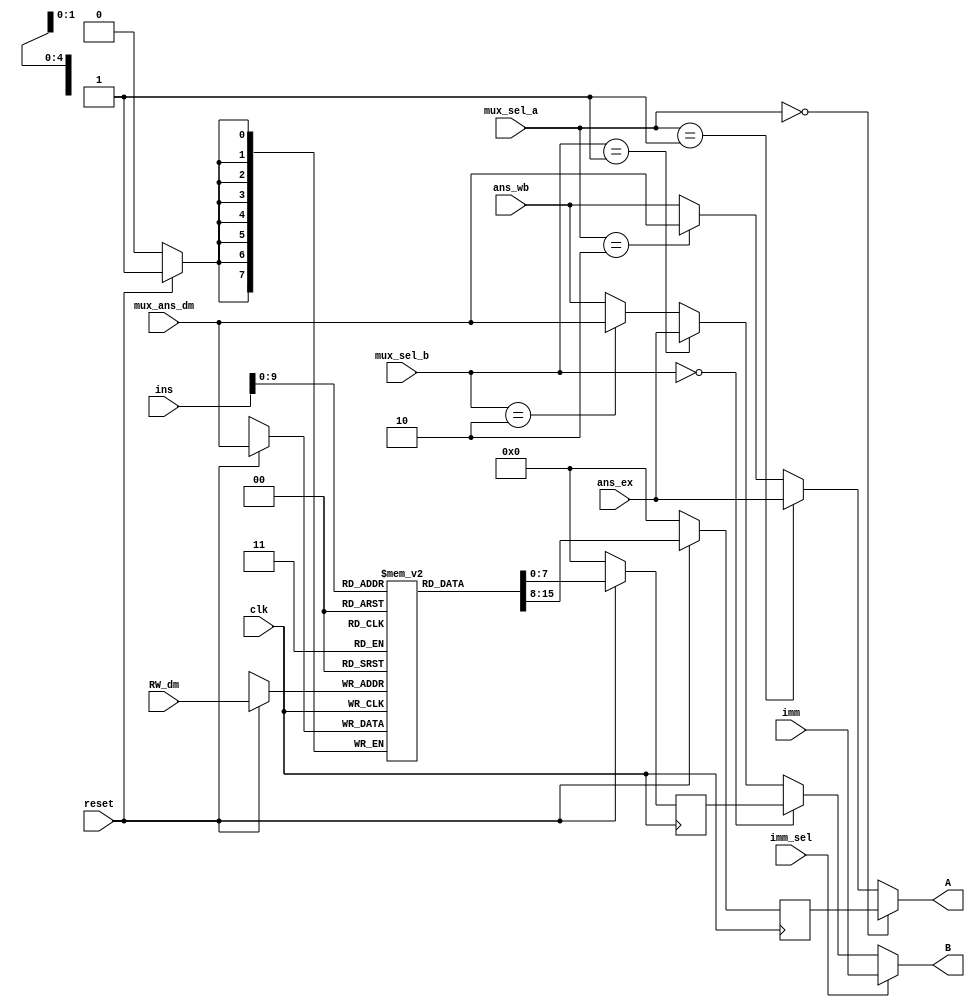
`timescale 1ns / 1ps
//////////////////////////////////////////////////////////////////////////////////
//Group no: 4
//Name : Janvi patel(201501072) , Nishi patel(201501076) , Grishma shah(201501095)
//Name of code : Register_bank
//Description : Understand and implement Register_bank block of a microprocessor 
//////////////////////////////////////////////////////////////////////////////////
module Register_bank(A,B,ins,RW_dm,ans_ex,mux_ans_dm,ans_wb,imm,mux_sel_a,mux_sel_b,imm_sel,clk,reset);

//output variable declaration
output [7:0] A,B;

//register declaration
reg [7:0] reg_A,reg_B;
reg [7:0] membyte[0:31];

//input variable declaration
input [19:0] ins;
input [4:0] RW_dm;
input [7:0] ans_ex,mux_ans_dm,ans_wb,imm;
input [1:0] mux_sel_a,mux_sel_b;
input imm_sel,clk,reset;

//give values to membyte
initial
begin
		membyte[0]=0;
		membyte[1]=1;
		membyte[2]=2;
		membyte[3]=3;
		membyte[4]=4;
		membyte[5]=5;
		membyte[6]=6;
		membyte[7]=7;
		membyte[8]=8;
		membyte[9]=9;
		membyte[10]=10;
		membyte[11]=11;
		membyte[12]=12;
		membyte[13]=13;
		membyte[14]=14;
		membyte[15]=15;
		membyte[16]=16;
		membyte[17]=17;
		membyte[18]=18;
		membyte[19]=19;
		membyte[20]=20;
		membyte[21]=21;
		membyte[22]=22;
		membyte[23]=23;
		membyte[24]=24;
		membyte[25]=25;
		membyte[26]=26;
		membyte[27]=27;
		membyte[28]=28;
		membyte[29]=29;
		membyte[30]=30;
		membyte[31]=31;
end

//wire declaration
wire [4:0] RA,RB;
wire [7:0] temp_B;

// Body of code starts from here

//logic for MUX A
assign A=(mux_sel_a==2'b00)?reg_A:(mux_sel_a==2'b01)?ans_ex:(mux_sel_a==2'b10)?mux_ans_dm:ans_wb;
//logic for MUX B
assign temp_B=(mux_sel_b==2'b00)?reg_B:(mux_sel_b==2'b01)?ans_ex:(mux_sel_b==2'b10)?mux_ans_dm:ans_wb;
//logic for Imm 
assign B=(imm_sel==0)?temp_B:imm;

//assign 5 bits to each RA,RB
assign RA=ins[9:5];
assign RB=ins[4:0];

//register block
always@(posedge clk)	//Value will change at the positive edge of the clock
begin
		if(reset==1)	//if reset is 1 only then value will be stored/changed
		begin
				reg_A<=membyte[RA];	//assigning reg_A to membyte at address of RA
				reg_B<=membyte[RB];	//assigning reg_B to membyte at address of RB
				membyte[RW_dm]<=mux_ans_dm;	//write value of mux_ans_dm at address of membyte RW_dm
		end
		
		else	//if reset is 0 only then value will be zero
		begin
				reg_A<=0;
				reg_B<=0;
		end
end										

endmodule //code ends here